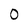
Character: 0